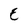
Character: E